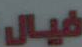
فيال